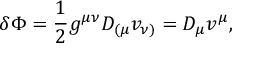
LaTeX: \delta \Phi = \frac { 1 } { 2 } g ^ { \mu \nu } D _ { ( \mu } v _ { \nu ) } = D _ { \mu } v ^ { \mu } ,